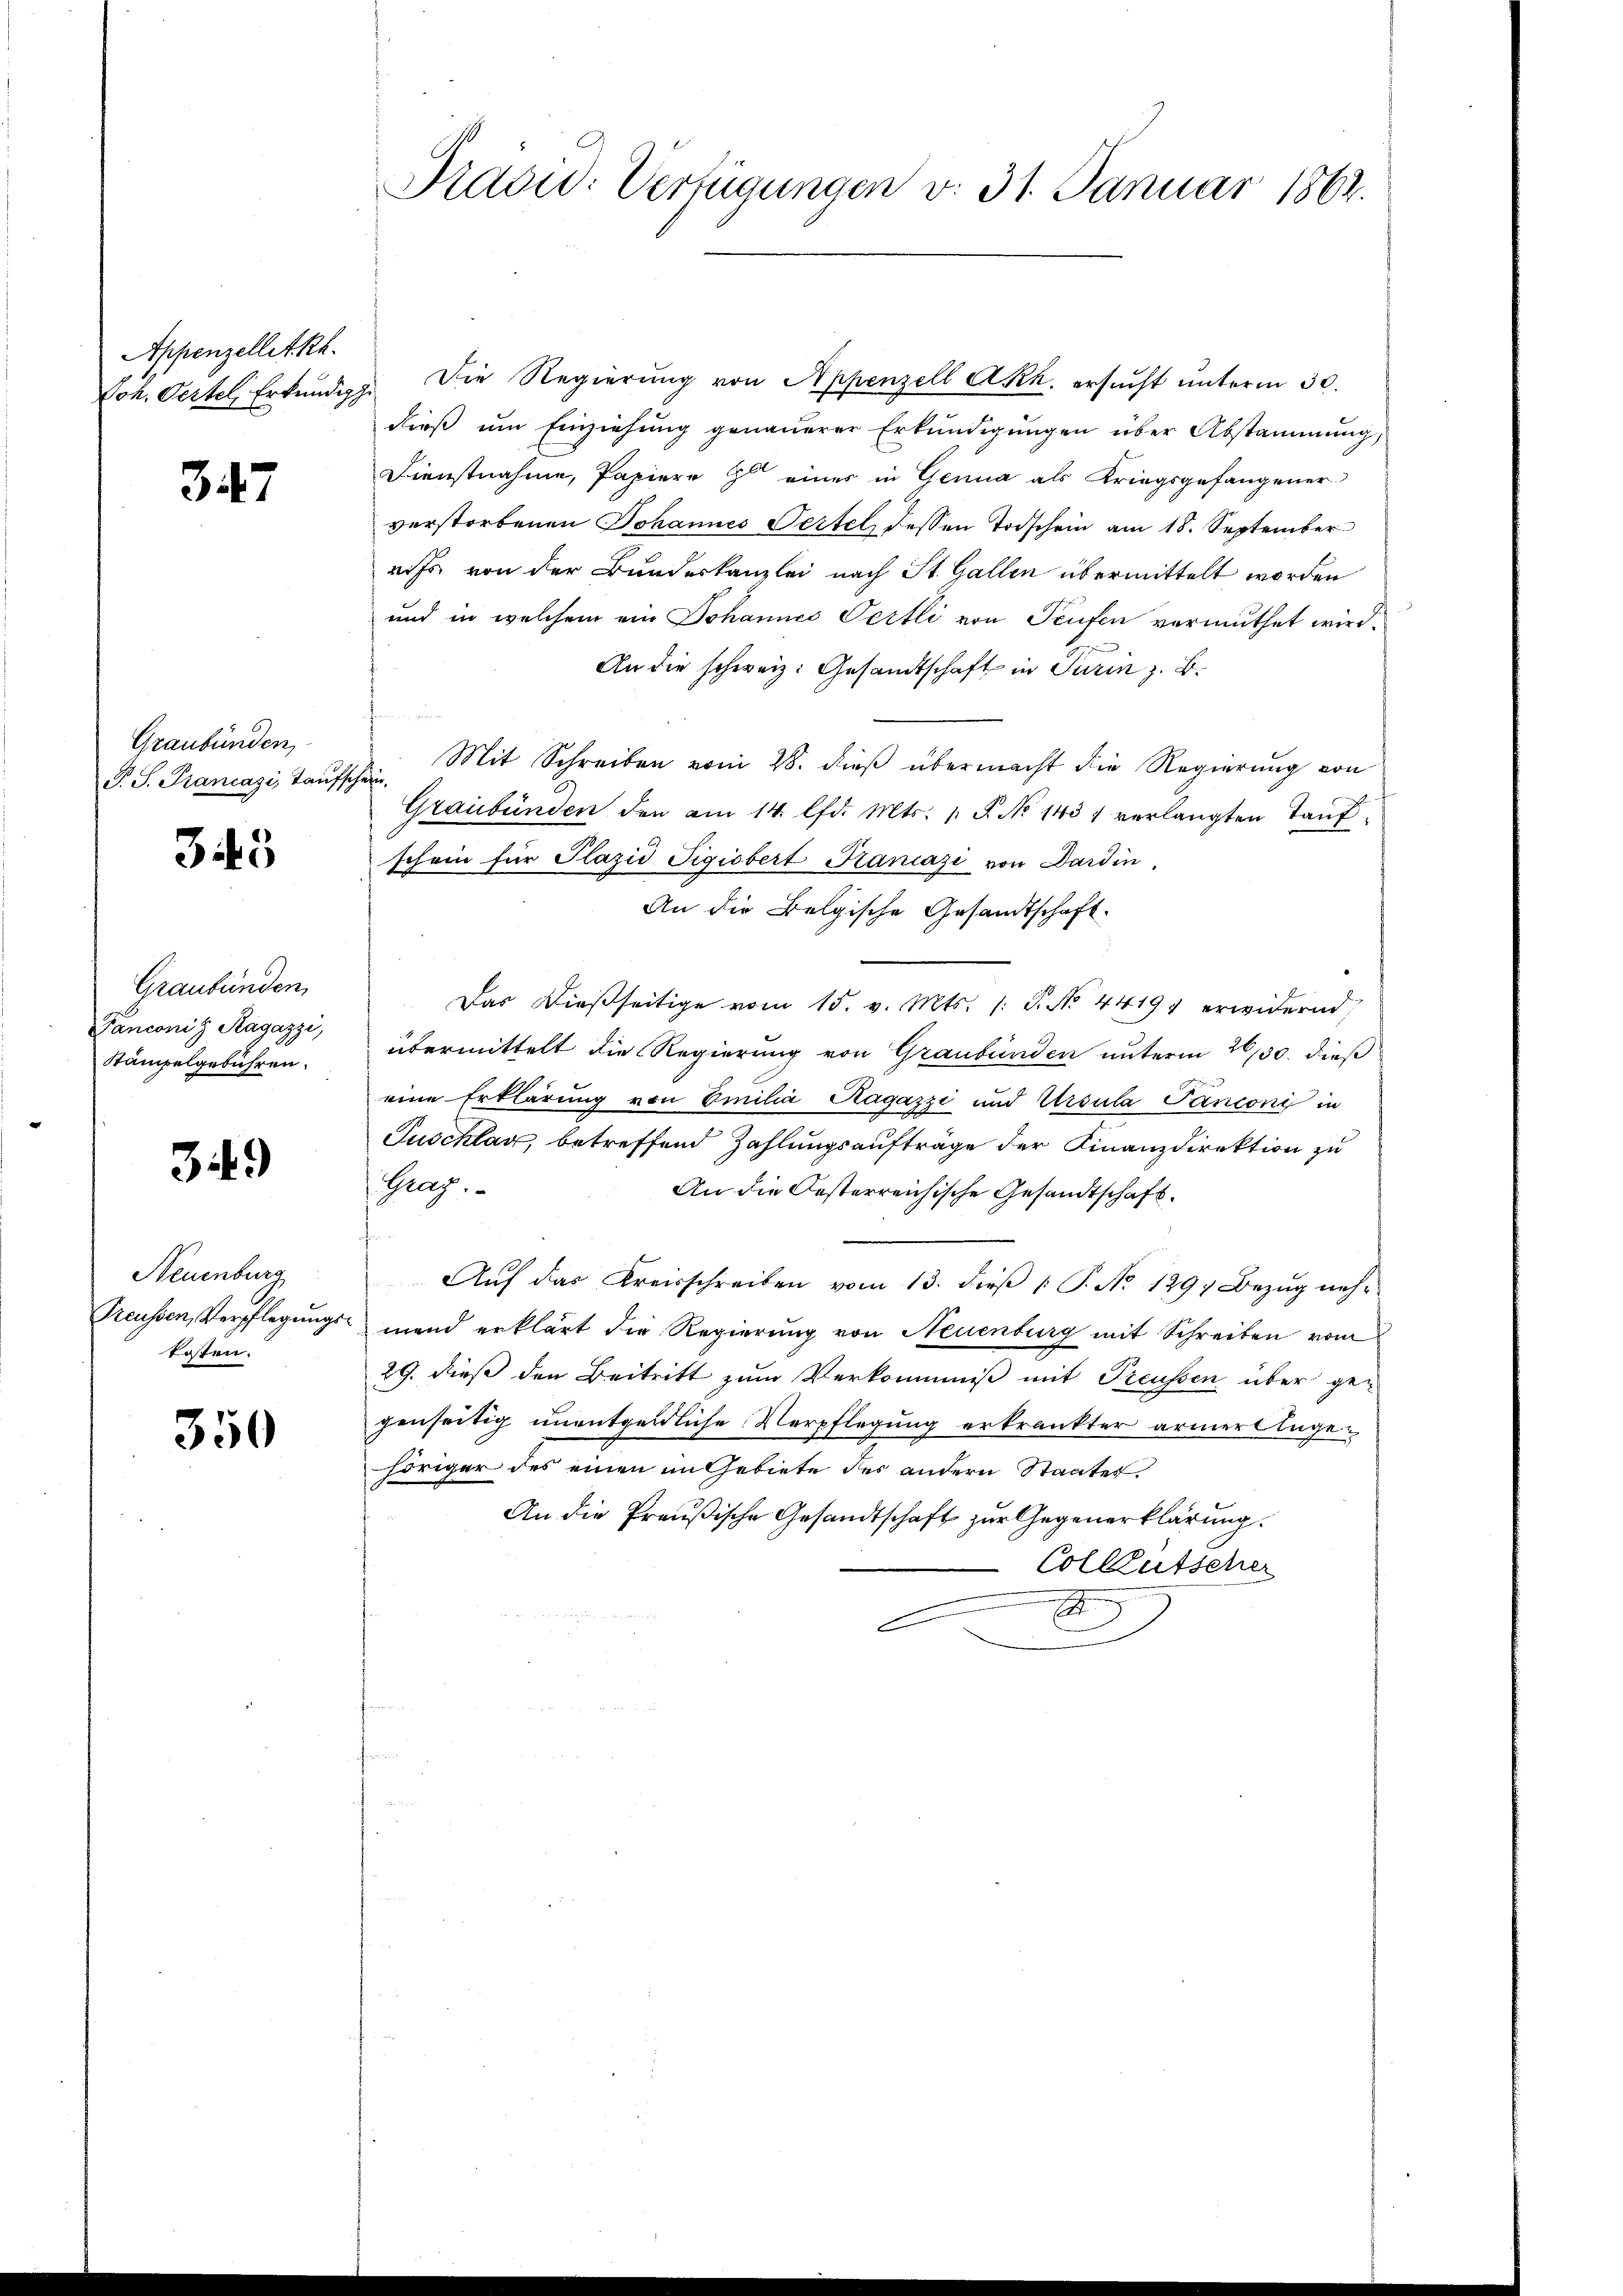
Appenzellet Rh.

347

Graubünden
P. J. Francazi, Taufs

345

Graubünden,
Panconig Ragazzi,
Stämpelgebühren.

349)

Neuenburg
Reussen, Verpflegungskosten.

350

Prävid: Verfügungen v. 31. Januar 1864.

Joh. Oestel, Erkundigg. Die Regierung von Appenzell A.Rh. ersucht unterm 30.
dieß um Einziehung genauerer Erkundigungen über Abstammung,
Dienstnahme, Papiere zu eines in Genua als Kriegsgefangener
verstorbenen Johannes Pertel dessen Todschein am 18. September
rifs von der Bundeskanzlei nach St. Gallen übermittelt worden
und in welchem ein Johannes Oertli von Teufen vermuthet wird.
An die schweiz. Gesandtschaft in Turin z. B.
2. Mit Schreiben vom 28. dieß übermacht die Regierung von
Graubünden den am 14. lfd. Mts. S. No 1437 verlangten Taufschein für Plazić Tigisbert Faniazi von Dardin.
An die Belgische Gesandtschaft.
Das dießseitige vom 15. v. Mts. /: P. No. 4419 erwidernd,
übermittelt die Regierung von Graubünden unterm 26/30. dieß
r
eine Erklärung von Emilia Ragazzi und Ursula Panconi in
Puschlag, betreffend Zahlungsaufträge der Finanzdirektion zu
Graz.
An die Oesterreichische Gesandtschaft.
s
Aŭf das Kreisschreiben vom 13. dieβ (: P. No 1291 Bezŭg neh-
mand erklärt die Regierung von Neuenburg mit Schreiben vom
29. dieß den Beitritt zum Verkommniß mit Preussen über gegenseitig unentgeldliche Verpflegung erkrankter armert Angehöriger des einen im Gebiete des andern Staates.
An die Preußische Gesandtschaft zur Gegenerklärung.
Colleutscher
2